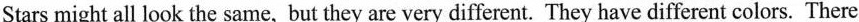
Stars might all look the same, but they are very different. They have different colors. There